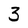
Character: 3